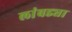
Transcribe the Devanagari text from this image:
लांबड्या